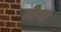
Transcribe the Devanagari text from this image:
गीमा